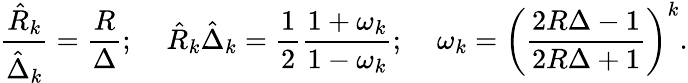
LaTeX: \frac{\hat{R}_{k}}{\hat{\Delta}_{k}}=\frac{R}{\Delta};\; \; \; \; \hat{R}_{k}\hat{\Delta}_{k}=\frac 12\frac{1+\omega_{k}}{1-\omega_{k}};\; \; \; \; \omega_{k}=\left(\frac{2R\Delta-1}{2R\Delta+1}\right)^{k}.